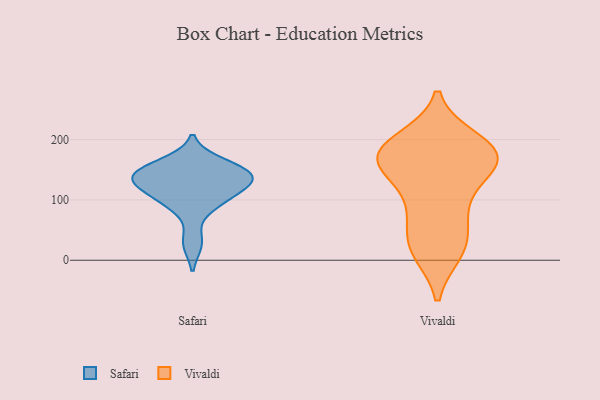
{"axis": {"x": "Waste Production (Tons)", "y": "Value"}, "legend": ["Safari", "Vivaldi"], "data": [{"x": "", "y": 149, "type": "Safari"}, {"x": "", "y": 95, "type": "Safari"}, {"x": "", "y": 97, "type": "Safari"}, {"x": "", "y": 144, "type": "Safari"}, {"x": "", "y": 140, "type": "Safari"}, {"x": "", "y": 135, "type": "Safari"}, {"x": "", "y": 120, "type": "Safari"}, {"x": "", "y": 29, "type": "Safari"}, {"x": "", "y": 130, "type": "Safari"}, {"x": "", "y": 161, "type": "Safari"}, {"x": "", "y": 175, "type": "Vivaldi"}, {"x": "", "y": 14, "type": "Vivaldi"}, {"x": "", "y": 170, "type": "Vivaldi"}, {"x": "", "y": 23, "type": "Vivaldi"}, {"x": "", "y": 182, "type": "Vivaldi"}, {"x": "", "y": 173, "type": "Vivaldi"}, {"x": "", "y": 111, "type": "Vivaldi"}, {"x": "", "y": 90, "type": "Vivaldi"}, {"x": "", "y": 164, "type": "Vivaldi"}, {"x": "", "y": 75, "type": "Vivaldi"}, {"x": "", "y": 43, "type": "Vivaldi"}, {"x": "", "y": 150, "type": "Vivaldi"}, {"x": "", "y": 199, "type": "Vivaldi"}, {"x": "", "y": 14, "type": "Vivaldi"}, {"x": "", "y": 163, "type": "Vivaldi"}, {"x": "", "y": 199, "type": "Vivaldi"}, {"x": "", "y": 165, "type": "Vivaldi"}]}